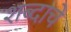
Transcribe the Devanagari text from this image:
शब्‍दाचे